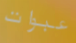
عبوات